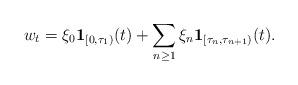
LaTeX: \begin{align*}w_t=\xi_0\mathbf{1}_{[0,\tau_1)}(t)+\sum_{n\ge 1} \xi_n\mathbf{1}_{[\tau_{n},\tau_{n+1})}(t).\end{align*}